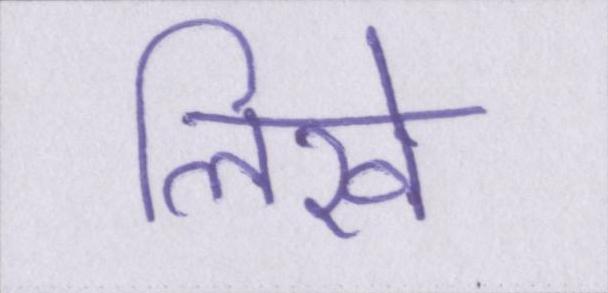
लिखे